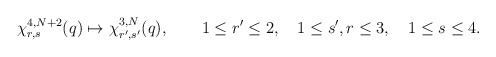
\begin{align*}\chi^{4,N+2}_{r,s}(q)\mapsto \chi^{3,N}_{r',s'}(q),\qquad 1\le r'\le 2,\quad 1\le s',r\le 3,\quad 1\le s\le 4.\end{align*}